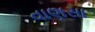
વાણસા